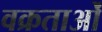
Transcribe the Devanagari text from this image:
वक्रताओं